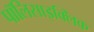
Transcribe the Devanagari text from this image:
पॉलिसाइक्लिक